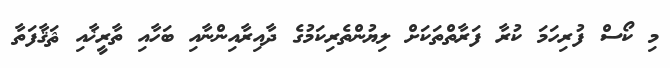
މި ކޯސް ފުރިހަމަ ކުރާ ފަރާތްތަކަށް ލިޔުންތެރިކަމުގެ ދާއިރާއިންނާއި ބަހާއި ތާރީޚާއި ޘަޤާފަތާ